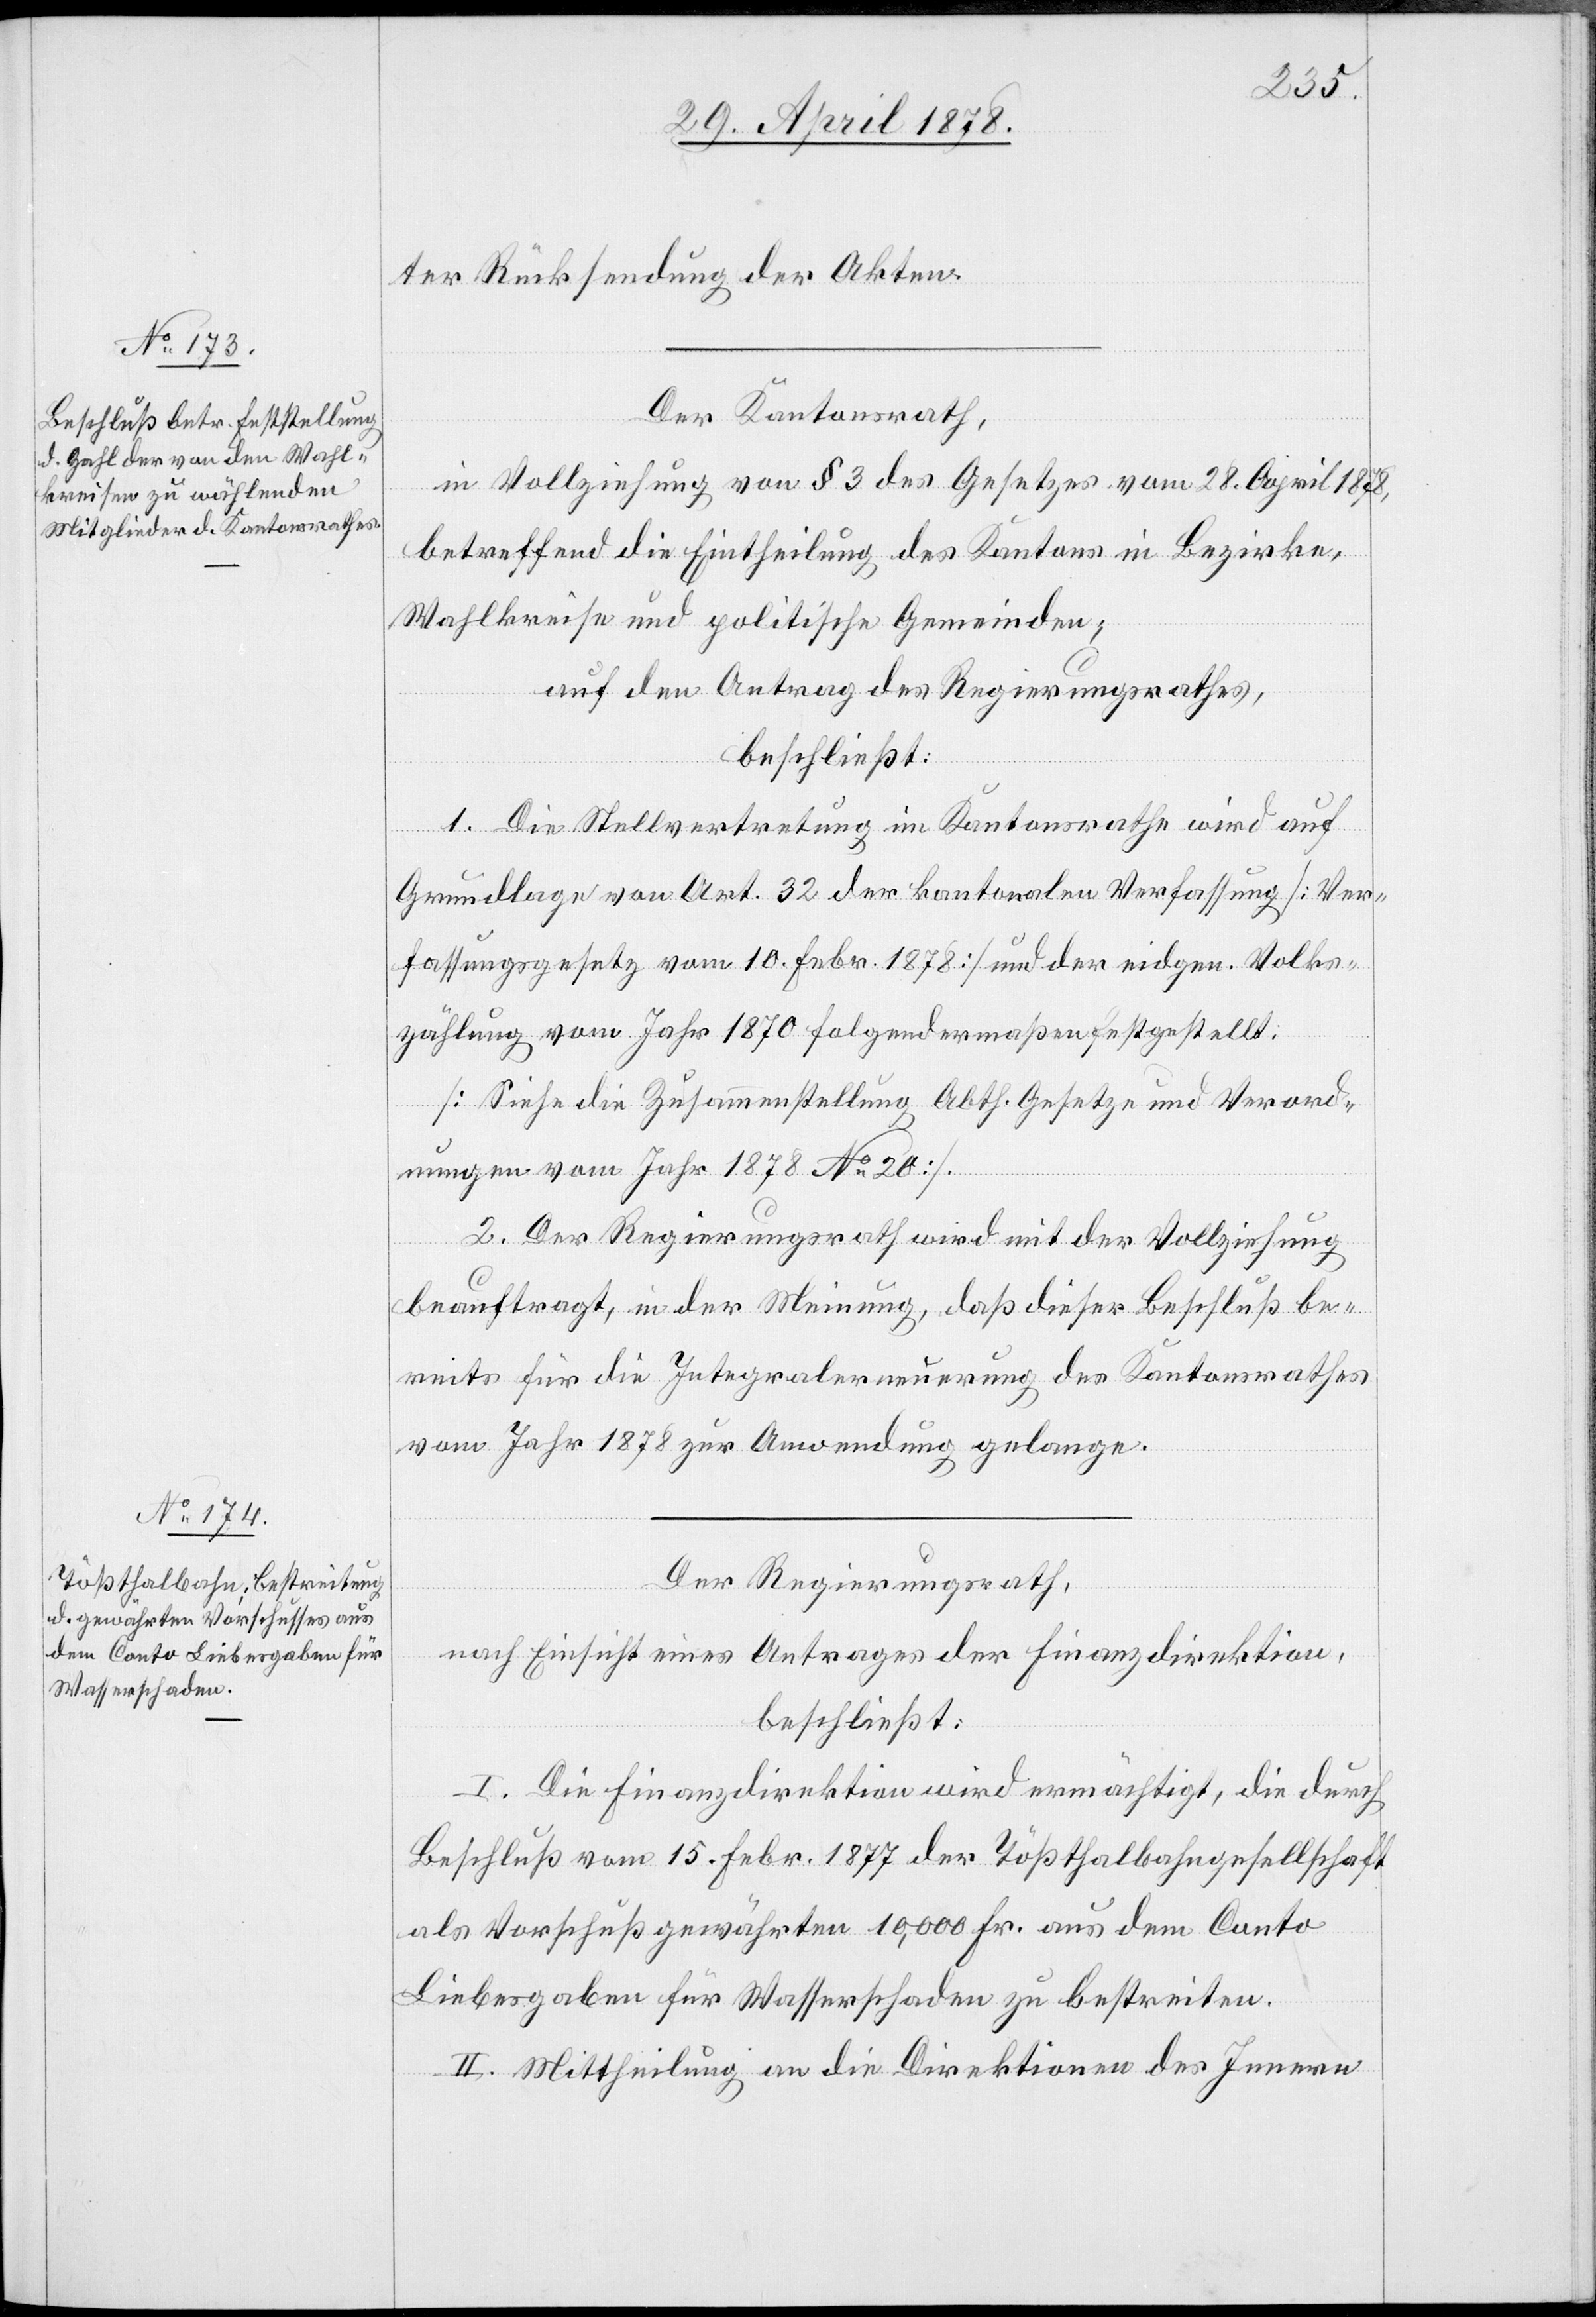
ter Rücksendung der Akten.
Der Kantonsrath,
in Vollziehung von § 3 des Gesetzes vom 28. April 1878,
betreffend die Eintheilung des Kantons in Bezirke,
Wahlkreise und politische Gemeinden;
auf den Antrag des Regierungsrathes,
beschließt:
1. Die Stellvertretung im Kantonsrathe wird auf
Grundlage von Art. 32 der kantonalen Verfassung [Ver¬
fassungsgesetz vom 10. Febr. 1878] und der eidgen. Volks¬
zählung vom Jahr 1870 folgendermaßen festgestellt:
[Siehe die Zusammenstellung Abth. Gesetze und Verord¬
nungen vom Jahr 1878 No 20]
2. Der Regierungsrath wird mit der Vollziehung
beauftragt, in der Meinung, daß dieser Beschluß be¬
reits für die Integralerneuerung des Kantonsrathes
vom Jahr 1878 zur Anwendung gelange.
Der Regierungsrath,
nach Einsicht eines Antrages der Finanzdirektion,
beschließt:
I. Die Finanzdirektion wird ermächtigt, die durch
Beschluß vom 15. Febr. 1877 der Tößthalbahngesellschaft
als Vorschuß gewährten 10,000 Fr. aus dem Conto
Liebesgaben für Wasserschaden zu bestreiten.
II. Mittheilung an die Direktionen des Innern